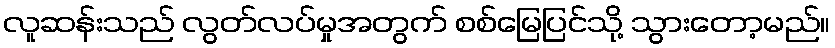
လူဆန်းသည် လွတ်လပ်မှုအတွက် စစ်မြေပြင်သို့ သွားတော့မည်။